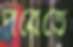
পরেতে